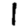
Digit: 1